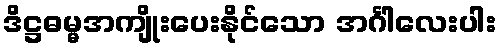
ဒိဋ္ဌဓမ္မအကျိုးပေးနိုင်သော အင်္ဂါလေးပါး